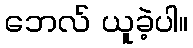
ဘေလ် ယူခဲ့ပါ။